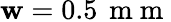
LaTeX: \mathbf{w}=0.5\, \mathrm{{~m~m~}}